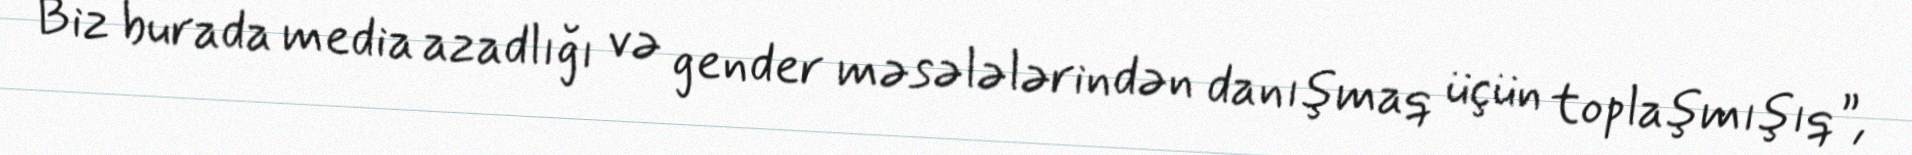
Biz burada media azadlığı və gender məsələlərindən danışmaq üçün toplaşmışıq”,